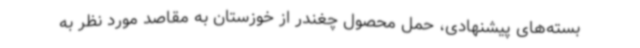
بسته‌های پیشنهادی، حمل محصول چغندر از خوزستان به مقاصد مورد نظر به